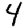
Digit: 4